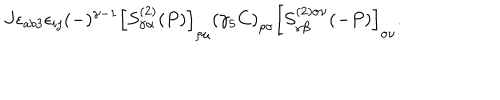
J \epsilon _ { a b 3 } \epsilon _ { i j } ( - ) ^ { \gamma - 1 } \left[ S _ { \gamma \alpha } ^ { ( 2 ) } ( P ) \right] _ { \rho \mu } \left( \gamma _ { 5 } C \right) _ { \rho \sigma } \left[ S _ { \gamma \beta } ^ { ( 2 ) \sigma \nu } ( - P ) \right] _ { \sigma \nu } .